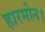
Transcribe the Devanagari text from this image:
हारमोन।